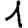
Digit: 1